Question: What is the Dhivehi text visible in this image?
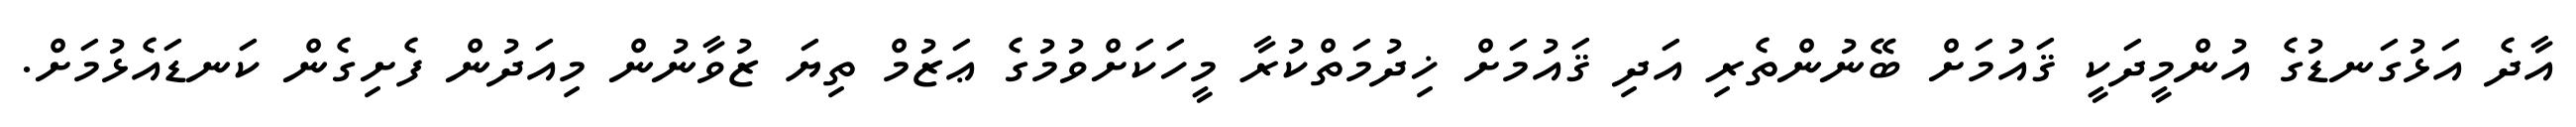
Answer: އާދެ އަޅުގަނޑުގެ އުންމީދަކީ ޤައުމަށް ބޭނުންތެރި އަދި ޤައުމަށް ޚިދުމަތްކުރާ މީހަކަށްވުމުގެ ޢަޒުމް ތިޔަ ޒުވާނުން މިއަދުން ފެށިގެން ކަނޑައެޅުމަށް.